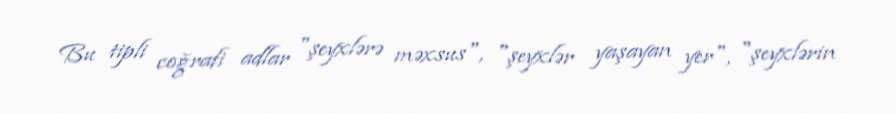
Bu tipli coğrafi adlar "şeyxlərə məxsus", "şeyxlər yaşayan yer", "şeyxlərin